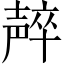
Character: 𱘠